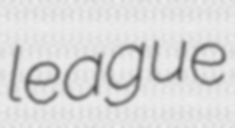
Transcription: league